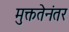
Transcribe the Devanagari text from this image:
मुक्ततेनंतर